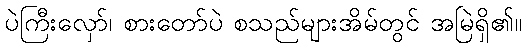
ပဲကြီးလှော်၊ စားတော်ပဲ စသည်များအိမ်တွင် အမြဲရှိ၏။